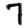
Digit: 7